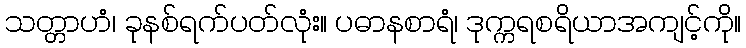
သတ္တာဟံ၊ ခုနစ်ရက်ပတ်လုံး။ ပဓာနစာရံ၊ ဒုက္ကရစရိယာအကျင့်ကို။